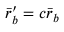
\bar { r } _ { b } ^ { \prime } = c \bar { r } _ { b }